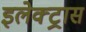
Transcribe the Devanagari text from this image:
इलेक्‍ट्रास